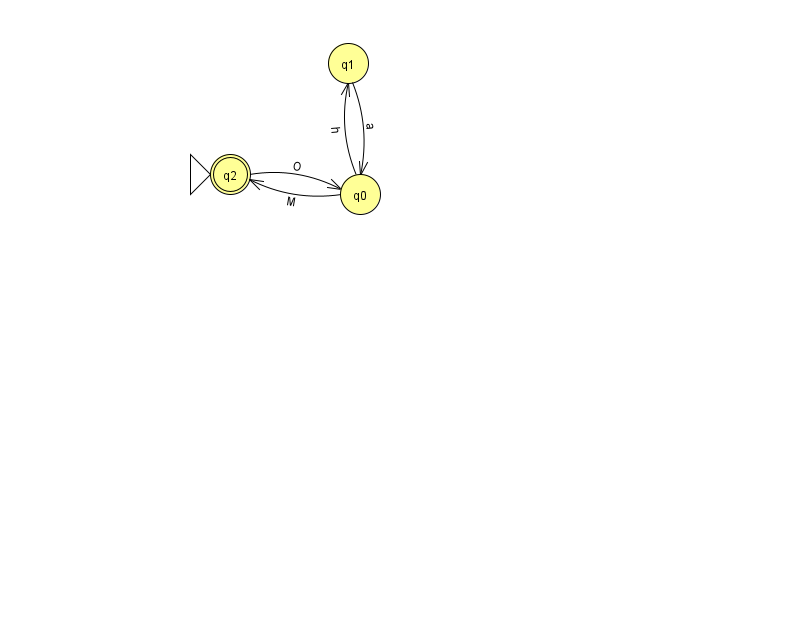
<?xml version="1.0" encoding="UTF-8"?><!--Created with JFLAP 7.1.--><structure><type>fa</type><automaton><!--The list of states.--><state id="0" name="q0"><x>360.0</x><y>181.0</y></state><state id="1" name="q1"><x>348.0</x><y>50.0</y></state><state id="2" name="q2"><x>230.0</x><y>161.0</y><initial/><final/></state><!--The list of transitions.--><transition><from>0</from><to>1</to><read>h</read></transition><transition><from>0</from><to>2</to><read>M</read></transition><transition><from>1</from><to>0</to><read>a</read></transition><transition><from>2</from><to>0</to><read>O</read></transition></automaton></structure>